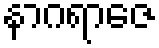
နာဂရာဇေ